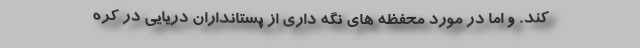
کند. و اما در مورد محفظه های نگه داری از پستانداران دریایی در کره